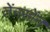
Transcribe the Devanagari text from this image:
तेंनसोंन